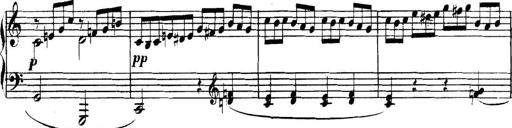
Title: Collected Piano Sonatas
Composer: Muzio Clementi